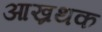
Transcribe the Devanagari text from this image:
आख्रथक